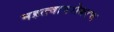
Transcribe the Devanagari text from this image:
महत्त्वाबरोबरच